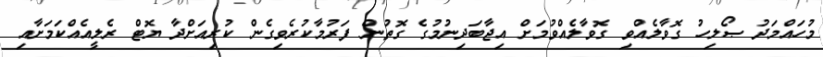
މުހައްމަދު ޞޯލިހު ގޮވާލެއްވި ގޮވާލެއްވުމަށް އިޖާބަދިނުމުގެ ގޮތުން ފަރުމާކުރެވިގެން ކުރިއަށްދާ ޔޮޓް ރެލީއެއްކަމަށާއި